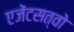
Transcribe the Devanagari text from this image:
एजेंटसत्वो